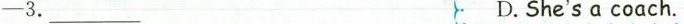
—3.___ D. She＇s a coach.